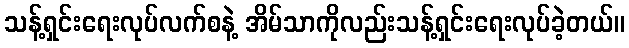
သန့်ရှင်းရေးလုပ်လက်စနဲ့ အိမ်သာကိုလည်းသန့်ရှင်းရေးလုပ်ခဲ့တယ်။